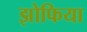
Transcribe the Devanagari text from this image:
झोफिया